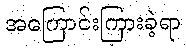
အကြောင်းကြားခဲ့ရာ